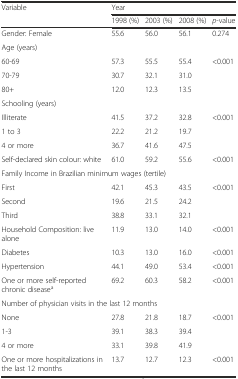
<table><thead><tr><td rowspan="2"><b>Variable</b></td><td colspan="4"><b>Year</b></td></tr><tr><td><b>1998 (%)</b></td><td><b>2003 (%)</b></td><td><b>2008 (%)</b></td><td><b><i>p</i>-value</b></td></tr></thead><tbody><tr><td>Gender: Female</td><td>55.6</td><td>56.0</td><td>56.1</td><td>0.274</td></tr><tr><td colspan="5">Age (years)</td></tr><tr><td>60-69</td><td>57.3</td><td>55.5</td><td>55.4</td><td>&lt;0.001</td></tr><tr><td>70-79</td><td>30.7</td><td>32.1</td><td>31.0</td><td></td></tr><tr><td>80+</td><td>12.0</td><td>12.3</td><td>13.5</td><td></td></tr><tr><td colspan="5">Schooling (years)</td></tr><tr><td>Illiterate</td><td>41.5</td><td>37.2</td><td>32.8</td><td>&lt;0.001</td></tr><tr><td>1 to 3</td><td>22.2</td><td>21.2</td><td>19.7</td><td></td></tr><tr><td>4 or more</td><td>36.7</td><td>41.6</td><td>47.5</td><td></td></tr><tr><td>Self-declared skin colour: white</td><td>61.0</td><td>59.2</td><td>55.6</td><td>&lt;0.001</td></tr><tr><td colspan="5">Family Income in Brazilian minimum wages (tertile)</td></tr><tr><td>First</td><td>42.1</td><td>45.3</td><td>43.5</td><td>&lt;0.001</td></tr><tr><td>Second</td><td>19.6</td><td>21.5</td><td>24.2</td><td></td></tr><tr><td>Third</td><td>38.8</td><td>33.1</td><td>32.1</td><td></td></tr><tr><td>Household Composition: live alone</td><td>11.9</td><td>13.0</td><td>14.0</td><td>&lt;0.001</td></tr><tr><td>Diabetes</td><td>10.3</td><td>13.0</td><td>16.0</td><td>&lt;0.001</td></tr><tr><td>Hypertension</td><td>44.1</td><td>49.0</td><td>53.4</td><td>&lt;0.001</td></tr><tr><td>One or more self-reported chronic disease<sup>a</sup></td><td>69.2</td><td>60.3</td><td>58.2</td><td>&lt;0.001</td></tr><tr><td colspan="5">Number of physician visits in the last 12 months</td></tr><tr><td>None</td><td>27.8</td><td>21.8</td><td>18.7</td><td>&lt;0.001</td></tr><tr><td>1-3</td><td>39.1</td><td>38.3</td><td>39.4</td><td></td></tr><tr><td>4 or more</td><td>33.1</td><td>39.8</td><td>41.9</td><td></td></tr><tr><td>One or more hospitalizations in the last 12 months</td><td>13.7</td><td>12.7</td><td>12.3</td><td>&lt;0.001</td></tr></tbody></table>